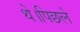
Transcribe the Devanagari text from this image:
थे।पिछले